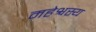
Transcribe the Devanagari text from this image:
महेश्वस्य